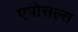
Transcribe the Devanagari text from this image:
एपोसल्स